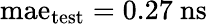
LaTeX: \mathrm{mae}_{\mathrm{test}}=0.27~\mathrm{ns}